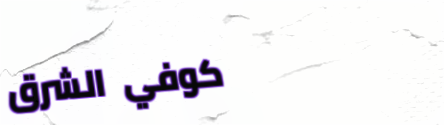
كوفي الشرق